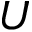
U